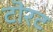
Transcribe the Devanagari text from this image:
टोरट